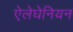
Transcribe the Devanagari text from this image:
ऐलेघेनियन